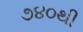
૭૪૦થી